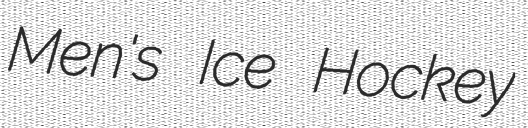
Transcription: Men's Ice Hockey